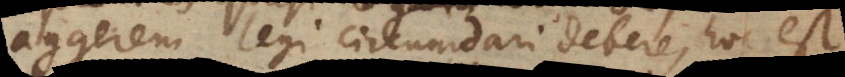
aggerem legi circumdari debere, hoc est